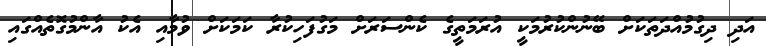
އަދި ދިގުމުއްދަތަކަށް ބޭނުންކުރުމަކީ އުރަމަތީގެ ކެންސަރަށް މަގުފަހިކުރާ ކަމަކަށް ވުމާއި އެކު އާންމުގޮތެއްގައި